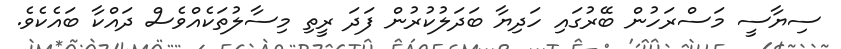
ސިޔާސީ މަސްރަހުން ބޭރުގައި ހަދިޔާ ބަދަލުކުރުން ފަދަ ރީތި މިސާލުތަކެއްވެސް ދައްކާ ބައެކެވެ.